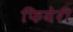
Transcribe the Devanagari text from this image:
फियेरी